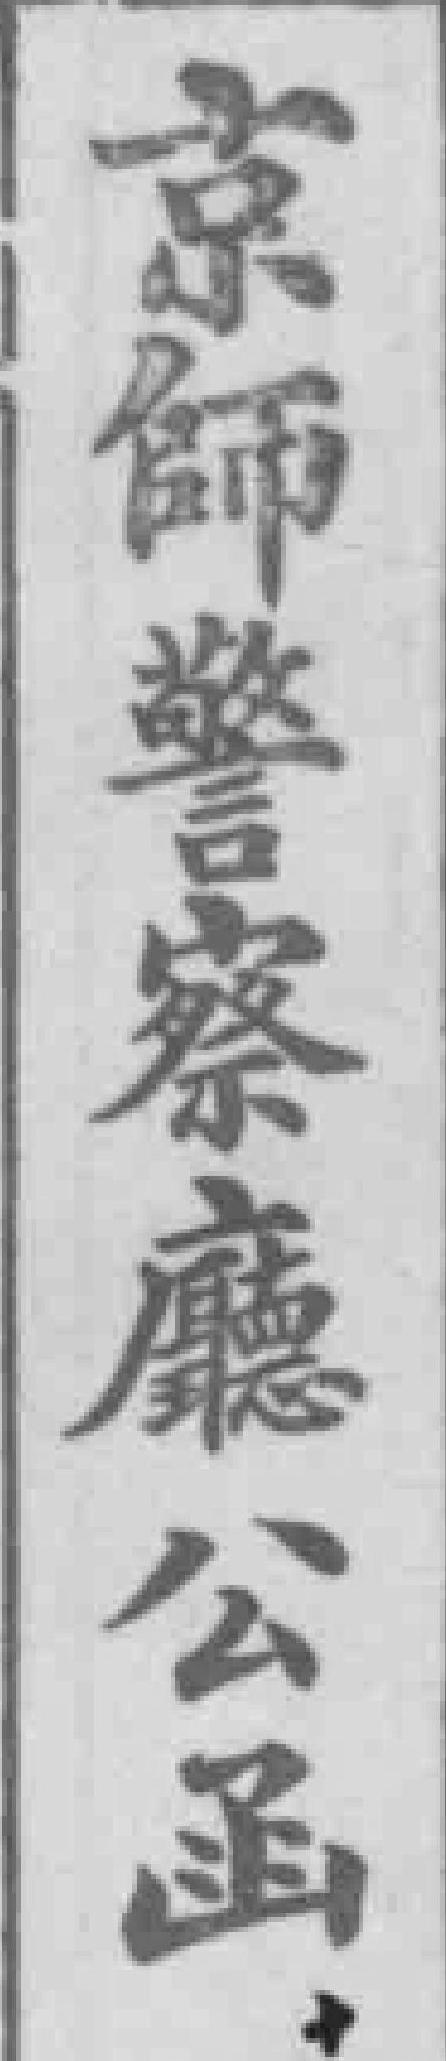
京師警察廳公函